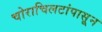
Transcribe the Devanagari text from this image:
चोराचिलटांपासून